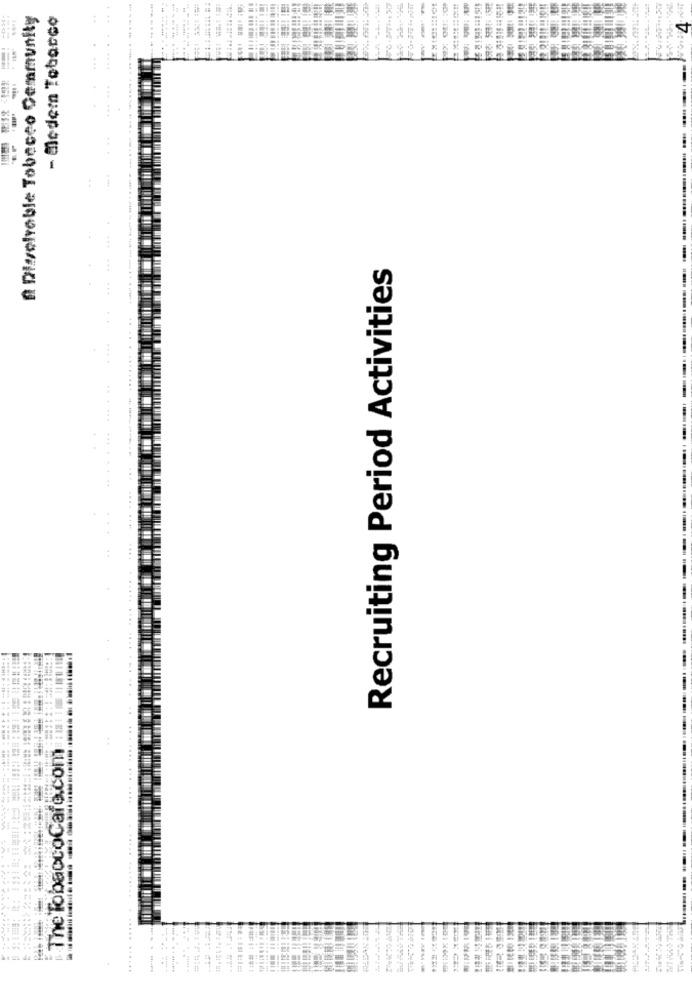
A Dissolvable Tobacco Demmunity
- Modem Tebarco
Recruiting Period Activities
...
The TobaccoCafe.com
..... ...
....